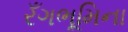
રઁગભૂમિના